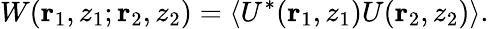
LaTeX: W({\mathbf r}_{1},z_{1};{\mathbf r}_{2},z_{2})={\langle}U^{\ast}({\mathbf r}_{1},z_{1})U({\mathbf r}_{2},z_{2}){\rangle}.